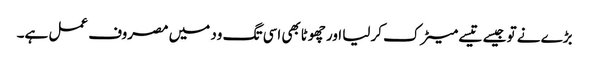
بڑے نے تو جیسے تیسے میٹرک کرلیا اور چھوٹابھی اسی تگ ود میں مصروف عمل ہے۔